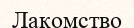
Лакомство